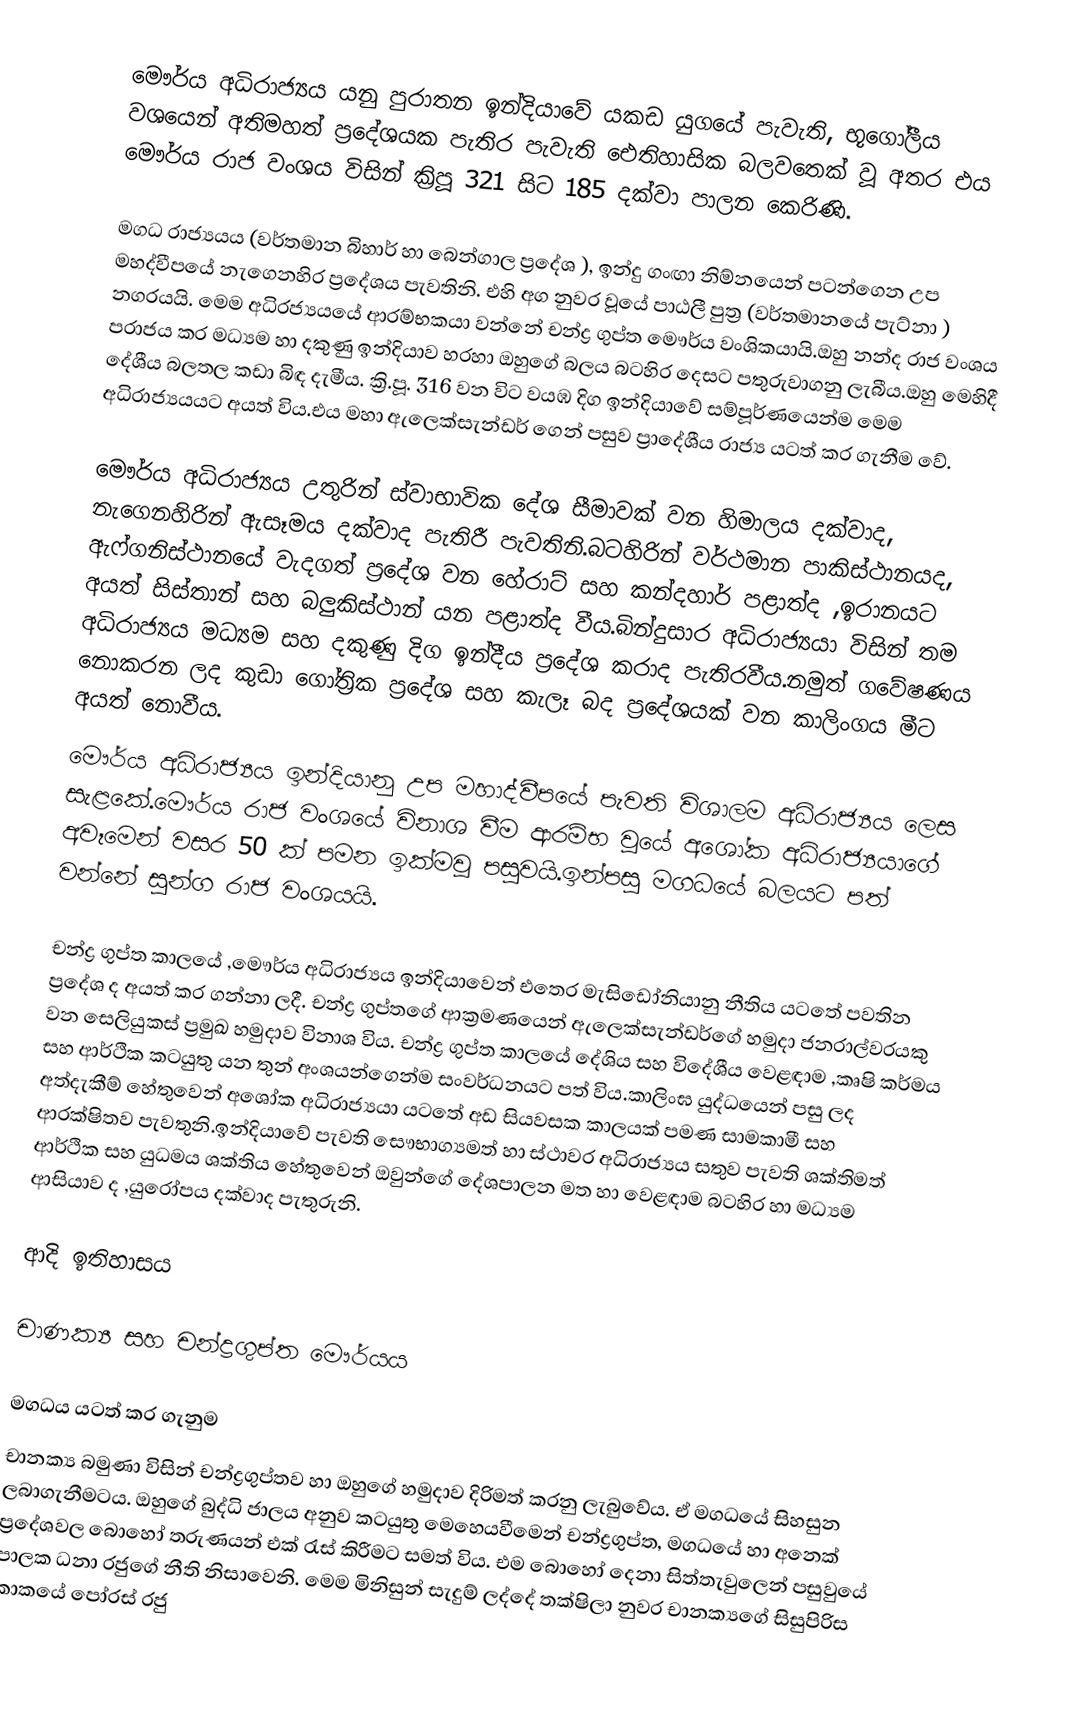
මෞර්ය අධිරාජ්‍යය යනු පුරාතන ඉන්දියාවේ යකඩ යුගයේ පැවැති, භූගෝලීය වශයෙන් අතිමහත් ප්‍රදේශයක පැතිර පැවැති  ඓතිහාසික බලවතෙක් වූ අතර එය මෞර්ය රාජ වංශය විසින් ක්‍රිපූ 321 සිට 185 දක්වා පාලන කෙරිණි.

මගධ රාජ්‍යයය (වර්තමාන බිහාර් හා බෙන්ගාල ප්‍රදේශ ), ඉන්දු ගංඟා නිම්නයෙන් පටන්ගෙන උප මහද්වීපයේ නැගෙනහිර ප්‍රදේශය පැවතිනි. එහි අග නුවර වූයේ පාඨලී පුත්‍ර (වර්තමානයේ පැට්නා ) නගරයයි. මෙම අධිරජ්‍යයයේ ආරම්භකයා වන්නේ චන්ද්‍ර ගුප්ත මෞර්ය වංශිකයායි.ඔහු නන්ද රාජ වංශය පරාජය කර මධ්‍යම හා දකුණු ඉන්දියාව හරහා ඔහුගේ බලය බටහිර දෙසට පතුරුවාගනු ලැබීය.ඔහු මෙහිදී දේශීය බලතල කඩා බිඳ දැමීය. ක්‍රි.පූ. 316 වන විට වයඹ දිග ඉන්දියාවේ සම්පූර්ණයෙන්ම මෙම අධිරාජ්‍යයයට අයත් විය.එය මහා ඇලෙක්සැන්ඩර් ගෙන් පසුව ප්‍රාදේශීය රාජ්‍ය යටත් කර ගැනීම වේ.

මෞර්ය අධිරාජ්‍යය උතුරින් ස්වාභාවික දේශ සීමාවක් වන හිමාලය දක්වාද, නැගෙනහිරින් ඇසෑමය දක්වාද පැතිරී පැවතිනි.බටහිරින් වර්ථමාන පාකිස්ථානයද, ඇෆ්ගනිස්ථානයේ වැදගත් ප්‍රදේශ වන හේරාට් සහ කන්දහාර් පළාත්ද ,ඉරානයට අයත් සිස්තාන් සහ බලුකිස්ථාන් යන පළාත්ද වීය.බින්දුසාර අධිරාජ්‍යයා විසින් තම අධිරාජ්‍යය මධ්‍යම සහ දකුණු දිග ඉන්දීය ප්‍රදේශ කරාද පැතිරවීය.නමුත් ගවේෂණය නොකරන ලද කුඩා ගෝත්‍රික ප්‍රදේශ සහ කැලෑ බද ප්‍රදේශයක් වන කාලිංගය මීට අයත් නොවීය.
මෞර්ය අධිරාජ්‍යය ඉන්දියානු උප මහාද්වීපයේ පැවති විශාලම අධිරාජ්‍යය ලෙස සැළකේ.මෞර්ය රාජ වංශයේ විනාශ වීම ආරම්භ වූයේ අශෝක අධිරාජ්‍යයාගේ අවෑමෙන් වසර 50 ක් පමන ඉක්මවූ පසුවයි.ඉන්පසු මගධයේ බලයට පත් වන්නේ සුන්ග රාජ වංශයයි.

චන්ද්‍ර ගුප්ත කාලයේ ,මෞර්ය අධිරාජ්‍යය ඉන්දියාවෙන් එතෙර මැසිඩෝනියානු නීතිය යටතේ පවතින ප්‍රදේශ ද අයත් කර ගන්නා ලදී. චන්ද්‍ර ගුප්තගේ ආක්‍රමණයෙන් ඇලෙක්සැන්ඩර්ගේ හමුදා ජනරාල්වරයකු වන සෙලියුකස් ප්‍රමුඛ හමුදාව විනාශ විය. චන්ද්‍ර ගුප්ත කාලයේ දේශිය සහ විදේශීය වෙළඳාම ,කෘෂි කර්මය සහ ආර්ථික කටයුතු යන තුන් අංශයන්ගෙන්ම සංවර්ධනයට පත් විය.කාලිංඝ යුද්ධයෙන් පසු ලද අත්දැකීම් හේතුවෙන් අශෝක අධිරාජ්‍යයා යටතේ අඩ සියවසක කාලයක් පමණ සාමකාමී සහ ආරක්ෂිතව පැවතුනි.ඉන්දියාවේ පැවති සෞභාග්‍යමත් හා ස්ථාවර අධිරාජ්‍යය සතුව පැවති ශක්තිමත් ආර්ථික සහ යුධමය ශක්තිය හේතුවෙන් ඔවුන්ගේ දේශපාලන මත හා වෙළඳාම බටහිර හා මධ්‍යම ආසියාව ද ,යුරෝපය දක්වාද පැතුරුනි.

ආදි ඉතිහාසය

චාණක්‍ය සහ චන්ද්‍රගුප්ත මෞර්යය

මගධය යටත් කර ගැනුම
චානක්‍ය බමුණා විසින් චන්ද්‍රගුප්තව හා ඔහුගේ හමුදාව දිරිමත් කරනු ලැබුවේය. ඒ මගධයේ සිහසුන ලබාගැනීමටය. ඔහුගේ බුද්ධි ජාලය අනුව කටයුතු මෙහෙයවීමෙන් චන්ද්‍රගුප්ත, මගධයේ හා අනෙක් ප්‍රදේශවල  බොහෝ තරුණයන් එක් රැස් කිරීමට සමත් විය. එම බොහෝ දෙනා සිත්තැවුලෙන් පසුවුයේ පාලක ධනා රජුගේ නීති නිසාවෙනි. මෙම මිනිසුන් සැදුම් ලද්දේ ‍තක්ෂිලා නුවර චානක්‍යගේ සිසුපිරිස කාකයේ පෝරස් රජු